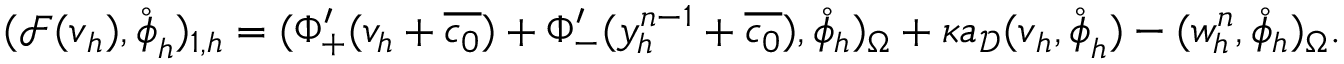
( \boldsymbol { \mathcal { F } } ( \boldsymbol { v } _ { h } ) , \mathring { \boldsymbol { \phi } } _ { h } ) _ { 1 , h } = ( \Phi _ { + } ^ { \prime } ( v _ { h } + \overline { { c _ { 0 } } } ) + \Phi _ { - } ^ { \prime } ( y _ { h } ^ { n - 1 } + \overline { { c _ { 0 } } } ) , \mathring { \phi } _ { h } ) _ { \Omega } + \kappa a _ { \mathcal { D } } ( \boldsymbol { v } _ { h } , \mathring { \boldsymbol { \phi } } _ { h } ) - ( w _ { h } ^ { n } , \mathring { \phi } _ { h } ) _ { \Omega } .